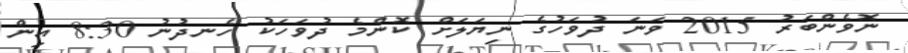
ނޮވެންބަރު 2015 ވަނަ ދުވަހުގެ ނިޔަލަށް ކޮންމެ ދުވަހަކު ހެނދުނު 8:30 އިން